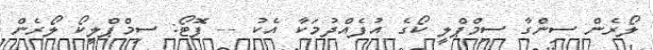
ލޯރެން ސިންގާ ސިމްޕްލީ ކޯގެ އުފެއްދުމަކާ އެކު -- ފޮޓޯ: ސިމްޕްލީކޯ ލޯރެން